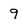
Character: 9